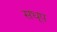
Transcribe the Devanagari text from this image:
सधूप